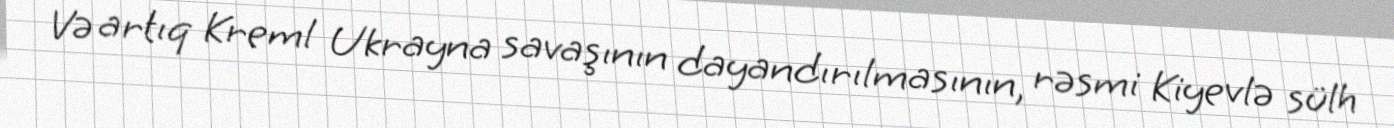
Və artıq Kreml Ukrayna savaşının dayandırılmasının, rəsmi Kiyevlə sülh